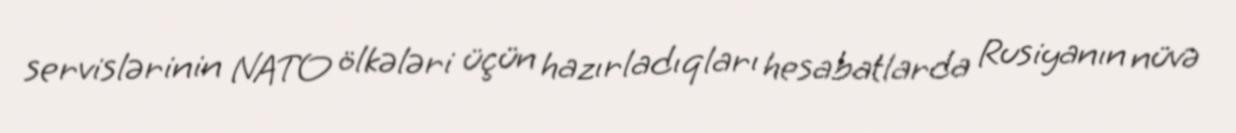
servislərinin NATO ölkələri üçün hazırladıqları hesabatlarda Rusiyanın nüvə